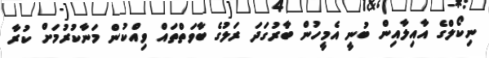
ނިކޯލްގެ އާއިލާއިން ބުނީ އެމީހުން ބާރުގަދަ ރަލުގެ ބާވަތްތައް ވިއްކުން މަނާކުރުމަށް ކުރާ